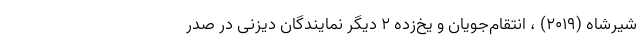
شیرشاه (۲۰۱۹) ، انتقام‌جویان و یخ‌زده ۲ دیگر نمایندگان دیزنی در صدر